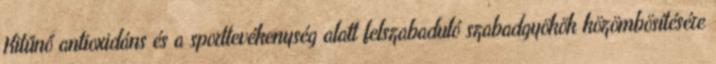
Kitűnő antioxidáns és a sporttevékenység alatt felszabaduló szabadgyökök közömbösítésére